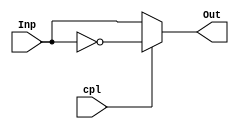
module compl1(output wire [3:0] Out, input wire [3:0] Inp, input wire cpl);

  assign Out = cpl ? ~Inp : Inp;

endmodule